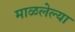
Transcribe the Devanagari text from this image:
माळलेल्या